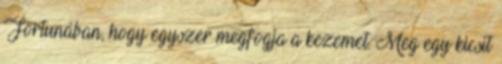
Fortunában, hogy egyszer megfogja a kezemet. Meg egy kicsit